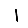
Digit: 1